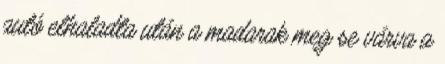
autó elhaladta után a madarak meg se várva a